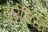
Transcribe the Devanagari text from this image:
सुर्रेलिस्ट